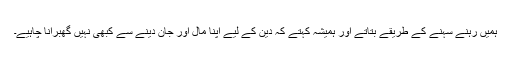
ہمیں رہنے سہنے کے طریقے بتاتے اور ہمیشہ کہتے کہ دین کے لیے اپنا مال اور جان دینے سے کبھی نہیں گھبرانا چاہیے۔